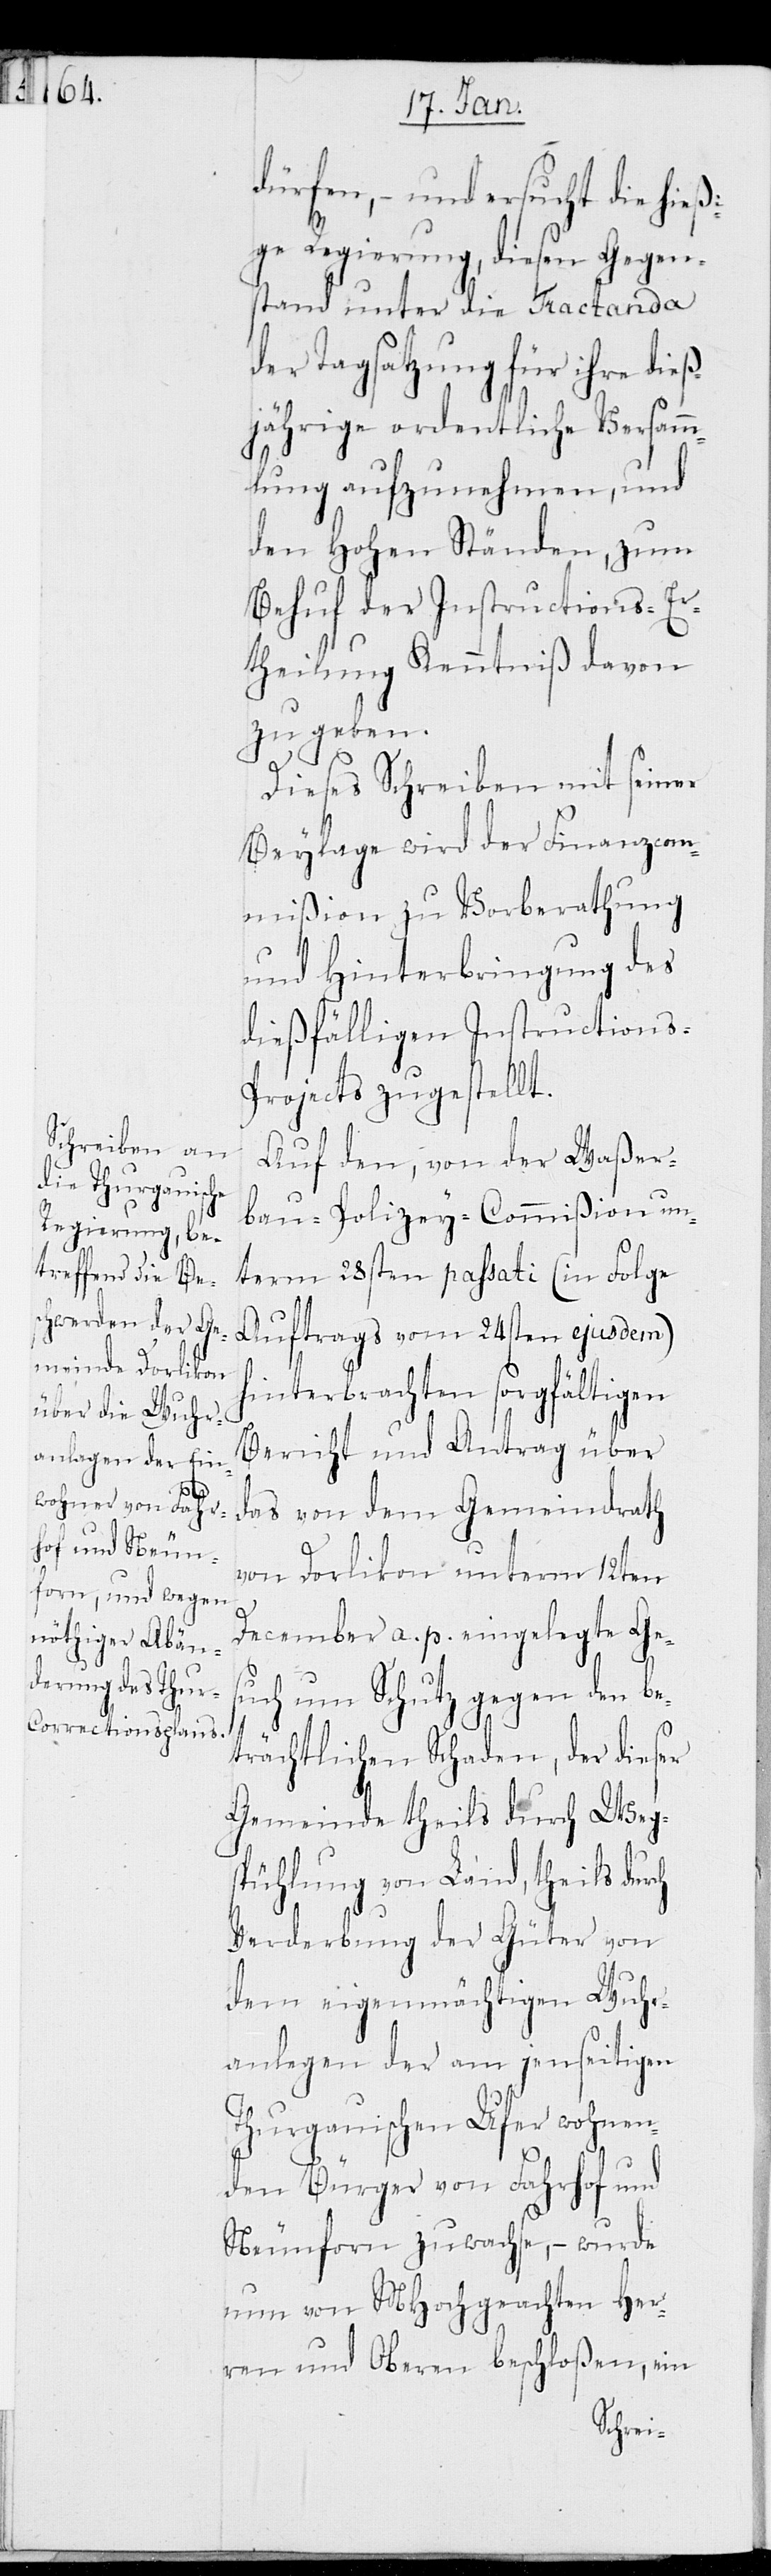
dürfen, – und ersucht die hieß¬
ige Regierung, diesen Gegen¬
stand unter die Tractanda
der Tagsatzung für ihre die¬
ßjährige ordentliche Versamm¬
lung aufzunehmen, und
den Hohen Ständen, zum
Behuf der Instructions-Er¬
theilung Kenntniß davon
zu geben.
Dieses Schreiben mit seiner
Beylage wird der Finanzcom¬
mißion zu Vorberathung
und Hinterbringung des
dießfälligen Instructions-P¬
rojects zugestellt.
Auf den, von der Waßer¬
bau-Polizey-Commißion un¬
term 28sten passati (in Folge
Auftrags vom 24sten ejusdem)
hinterbrachten sorgfältigen
Bericht und Antrag über
das von dem Gemeindrath
von Dorlikon unterm 12ten
Dezember a. p. eingelegte Ges¬
uch um Schutz gegen den be¬
trächtlichen Schaden, der dieser
Gemeinde theils durch Wegs¬
tüchlung von Land, theils
Verderbung der Güter von
den eigenmächtigen Wuhr¬
anlagen der am jenseitigen
Thurgauischen Ufer wohnen¬
den Bürger von Fahrhof und
Neunforn zuwachsen, – wurde
nun von MHochgeachten Her¬
ren und Oberen beschloßen, ein